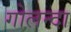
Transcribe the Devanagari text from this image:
गोलन्दा